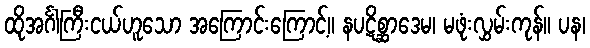
ထိုအင်္ဂါကြီးငယ်ဟူသော အကြောင်းကြောင့်။ နပဋိစ္ဆာဒေမ၊ မဖုံးလွှမ်းကုန်။ ပန၊